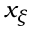
x _ { \xi }